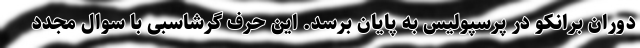
دوران برانکو در پرسپولیس به پایان برسد. این حرف گرشاسبی با سوال مجدد